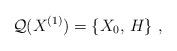
LaTeX: \begin{align*}{\cal Q}(X^{(1)})=\left\{X_{0},\,H \right\}\,,\end{align*}